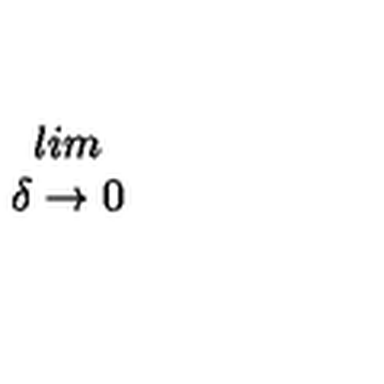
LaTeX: \begin{array} { c } { l i m } \\ { \delta \rightarrow 0 } \\ \end{array}